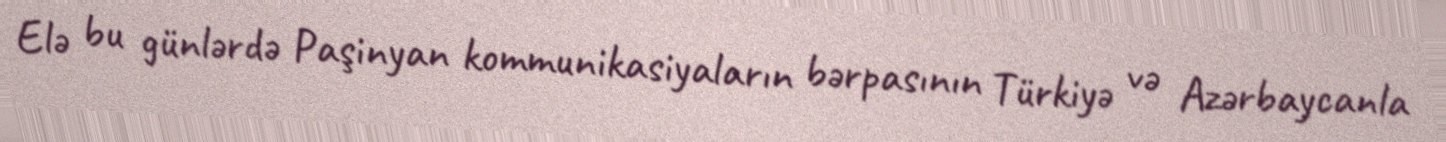
Elə bu günlərdə Paşinyan kommunikasiyaların bərpasının Türkiyə və Azərbaycanla